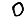
Digit: 0